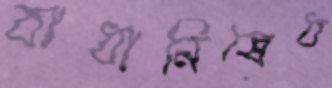
বাধানিষেধ